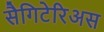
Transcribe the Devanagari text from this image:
सैगिटेरिअस